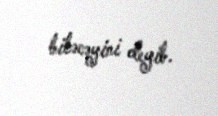
biləcəyini deyib.